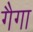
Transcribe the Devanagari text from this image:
गैगा